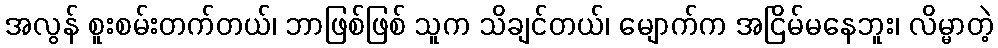
အလွန် စူးစမ်းတက်တယ်၊ ဘာဖြစ်ဖြစ် သူက သိချင်တယ်၊ မျောက်က အငြိမ်မနေဘူး၊ လိမ္မာတဲ့